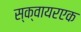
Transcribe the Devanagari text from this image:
स्क्वायरएक